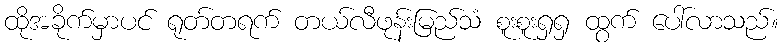
ထိုအခိုက်မှာပင် ရုတ်တရက် တယ်လီဖုန်းမြည်သံ စူးစူးရှရှ ထွက် ပေါ်လာသည်။